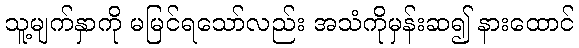
သူ့မျက်နှာကို မမြင်ရသော်လည်း အသံကိုမှန်းဆ၍ နားထောင်